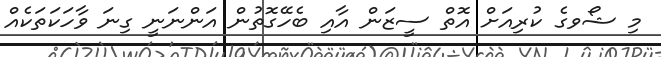
މި ޝޯވގެ ކުރިއަށް އޮތް ސީޒަން އާއި ބެހޭގޮތުން އަންނަނީ ގިނަ ވާހަކަތަކެއް